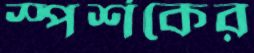
স্পর্শকের